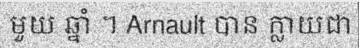
មួយ ឆ្នាំ ។ Arnault បាន ក្លាយជា